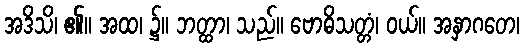
အဒိသိ၊ ၏။ အထ၊ ၌။ ဘတ္ထာ၊ သည်။ ဗောဓိသတ္တံ၊ ဝယ်။ အနှာဂတေ၊